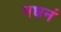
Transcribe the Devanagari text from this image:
मधनं